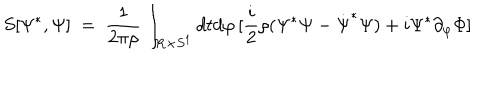
LaTeX: S [ \Psi ^ { * } , \Psi ] \ = \ { \frac { 1 } { 2 \pi \rho } } \int _ { { \bf R } \times S ^ { 1 } } d t d \varphi \, [ { \frac { i } { 2 } } \rho ( \Psi ^ { * } { \dot { \Psi } } - { \dot { \Psi } } ^ { * } \Psi ) + i \Psi ^ { * } \partial _ { \varphi } \Phi ]